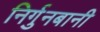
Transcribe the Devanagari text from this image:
निर्गुनबानी